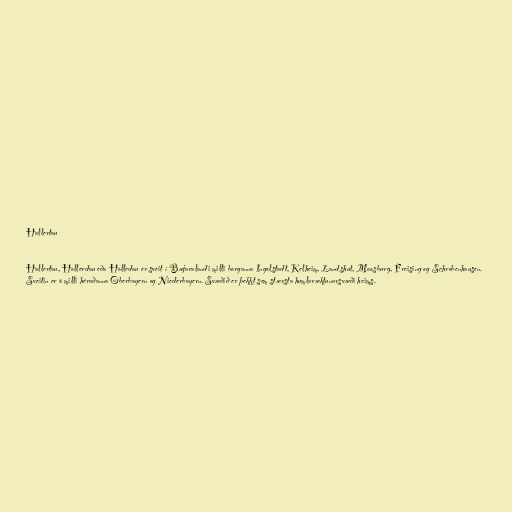
Hallertau

Hallertau, Hollerdau eða Holledau er sveit í Bæjaralandi milli borganna Ingolstadt, Kelheim, Landshut, Moosburg, Freising og Schrobenhausen.
Sveitin er á milli héraðanna Oberbayern og Niederbayern. Svæðið er þekkt sem stærsta humlaræktunarsvæði heims.